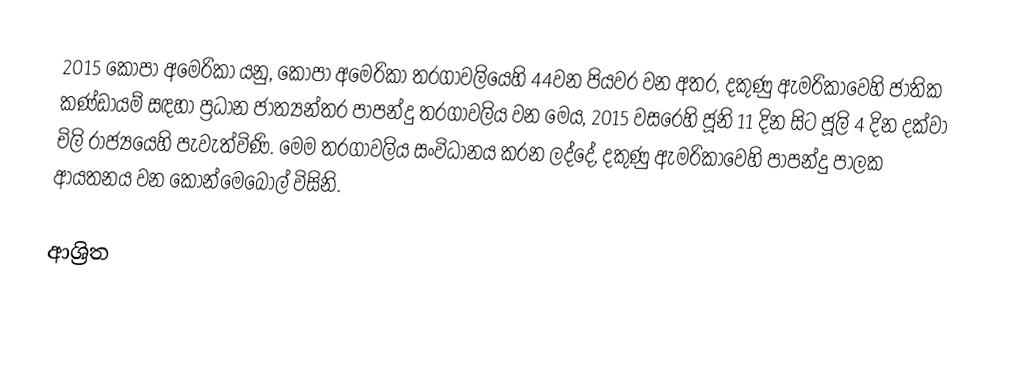
2015 කෝපා අමෙරිකා යනු,  කෝපා අමෙරිකා තරගාවලියෙහි 44වන පියවර වන අතර, දකුණු ඇමරිකාවෙහි ජාතික කණ්ඩායම් සඳහා ප්‍රධාන ජාත්‍යන්තර පාපන්දු තරගාවලිය වන මෙය,  2015 වසරෙහි  ජූනි 11 දින සිට ජූලි  4 දින දක්වා චිලි  රාජ්‍යයෙහි පැවැත්විණි. මෙම තරගාවලිය සංවිධානය කරන ලද්දේ, දකුණු ඇමරිකාවෙහි පාපන්දු පාලක  ආයතනය වන කොන්මෙබොල් විසිනි.

ආශ්‍රිත